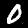
Digit: 0